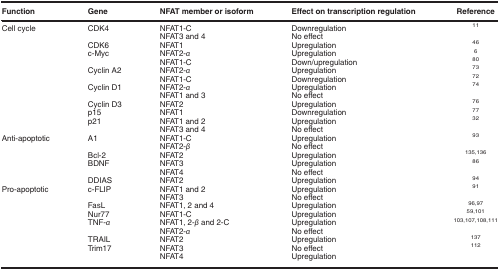
<table><thead><tr><td><b>Function</b></td><td><b>Gene</b></td><td><b>NFAT member or isoform</b></td><td><b>Effect on transcription regulation</b></td><td><b>Reference</b></td></tr></thead><tbody><tr><td>Cell cycle</td><td>CDK4</td><td>NFAT1-C</td><td>Downregulation</td><td><sup>11</sup></td></tr><tr><td> </td><td> </td><td>NFAT3 and 4</td><td>No effect</td><td> </td></tr><tr><td> </td><td>CDK6</td><td>NFAT1</td><td>Upregulation</td><td><sup>46</sup></td></tr><tr><td> </td><td>c-Myc</td><td>NFAT2-<i>α</i></td><td>Upregulation</td><td><sup>6</sup></td></tr><tr><td> </td><td> </td><td>NFAT1-C</td><td>Down/upregulation</td><td><sup>80</sup></td></tr><tr><td> </td><td>Cyclin A2</td><td>NFAT2-<i>α</i></td><td>Upregulation</td><td><sup>73</sup></td></tr><tr><td> </td><td> </td><td>NFAT1-C</td><td>Downregulation</td><td><sup>72</sup></td></tr><tr><td> </td><td>Cyclin D1</td><td>NFAT2-<i>α</i></td><td>Upregulation</td><td><sup>74</sup></td></tr><tr><td> </td><td> </td><td>NFAT1 and 3</td><td>No effect</td><td> </td></tr><tr><td> </td><td>Cyclin D3</td><td>NFAT2</td><td>Upregulation</td><td><sup>76</sup></td></tr><tr><td> </td><td>p15</td><td>NFAT1</td><td>Downregulation</td><td><sup>77</sup></td></tr><tr><td> </td><td>p21</td><td>NFAT1 and 2</td><td>Upregulation</td><td><sup>32</sup></td></tr><tr><td> </td><td> </td><td>NFAT3 and 4</td><td>No effect</td><td> </td></tr><tr><td>Anti-apoptotic</td><td>A1</td><td>NFAT1-C</td><td>Upregulation</td><td><sup>93</sup></td></tr><tr><td> </td><td> </td><td>NFAT2-<i>β</i></td><td>No effect</td><td> </td></tr><tr><td> </td><td>Bcl-2</td><td>NFAT2</td><td>Upregulation</td><td><sup>135, 136</sup></td></tr><tr><td> </td><td>BDNF</td><td>NFAT3</td><td>Upregulation</td><td><sup>86</sup></td></tr><tr><td> </td><td> </td><td>NFAT4</td><td>No effect</td><td> </td></tr><tr><td> </td><td>DDIAS</td><td>NFAT2</td><td>Upregulation</td><td><sup>94</sup></td></tr><tr><td>Pro-apoptotic</td><td>c-FLIP</td><td>NFAT1 and 2</td><td>Upregulation</td><td><sup>91</sup></td></tr><tr><td> </td><td> </td><td>NFAT3</td><td>No effect</td><td> </td></tr><tr><td> </td><td>FasL</td><td>NFAT1, 2 and 4</td><td>Upregulation</td><td><sup>96, 97</sup></td></tr><tr><td> </td><td>Nur77</td><td>NFAT1-C</td><td>Upregulation</td><td><sup>59, 101</sup></td></tr><tr><td> </td><td>TNF-<i>α</i></td><td>NFAT1, 2-<i>β</i> and 2-C</td><td>Upregulation</td><td><sup>103, 107, 108, 111</sup></td></tr><tr><td> </td><td> </td><td>NFAT2-<i>α</i></td><td>No effect</td><td> </td></tr><tr><td> </td><td>TRAIL</td><td>NFAT2</td><td>Upregulation</td><td><sup>137</sup></td></tr><tr><td> </td><td>Trim17</td><td>NFAT3</td><td>No effect</td><td><sup>112</sup></td></tr><tr><td> </td><td> </td><td>NFAT4</td><td>Upregulation</td><td> </td></tr></tbody></table>